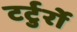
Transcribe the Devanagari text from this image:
टर्टुर्रो